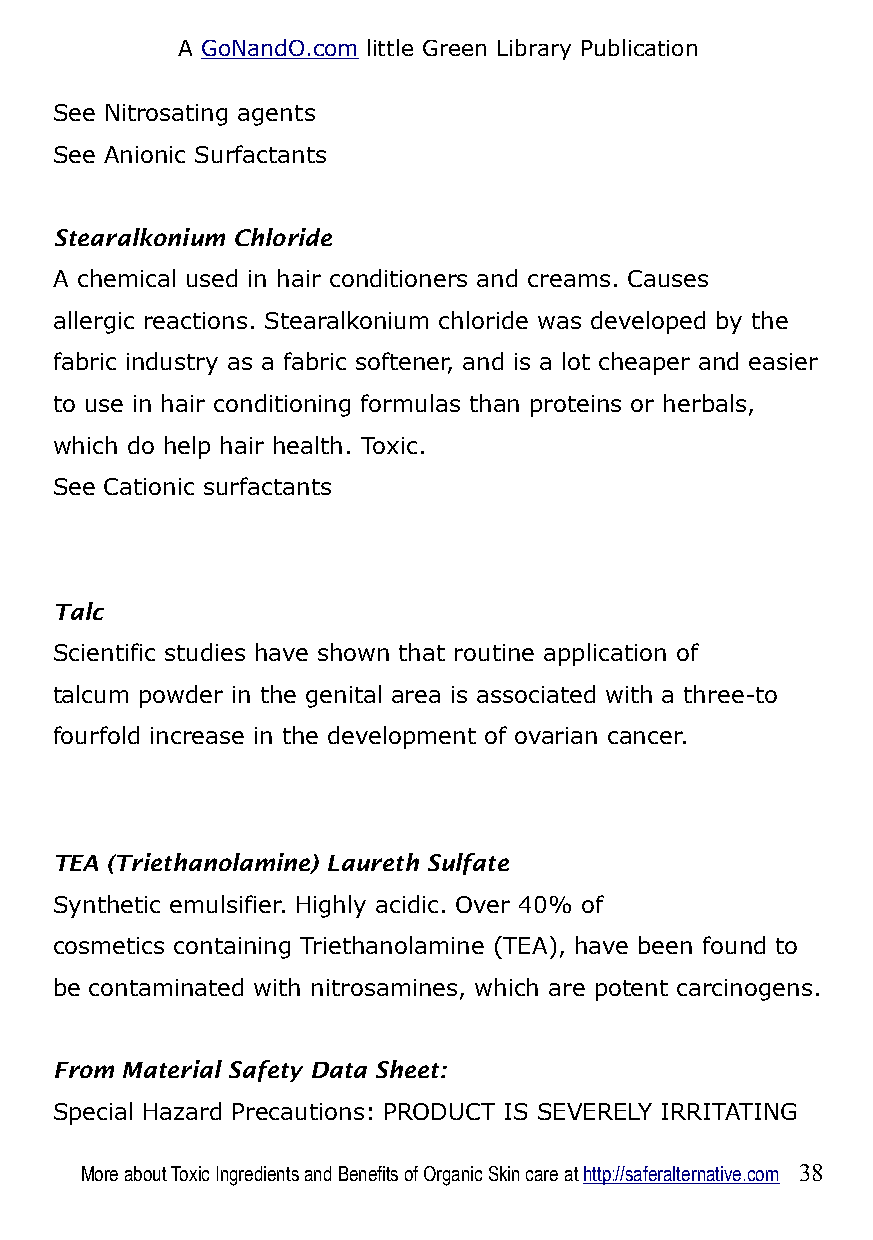
A GoNandO.com little Green Library Publication
 See Nitrosating agents
 See Anionic Surfactants
 Stearalkonium Chloride
 A chemical used in hair conditioners and creams. Causes
 allergic reactions. Stearalkonium chloride was developed by the
 fabric industry as a fabric softener, and is a lot cheaper and easier
 to use in hair conditioning formulas than proteins or herbals,
 which do help hair health. Toxic.
 See Cationic surfactants
 Talc
 Scientific studies have shown that routine application of
 talcum powder in the genital area is associated with a three-to
 fourfold increase in the development of ovarian cancer.
 TEA (Triethanolamine) Laureth Sulfate
 Synthetic emulsifier. Highly acidic. Over 40% of
 cosmetics containing Triethanolamine (TEA), have been found to
 be contaminated with nitrosamines, which are potent carcinogens.
 From Material Safety Data Sheet:
 Special Hazard Precautions: PRODUCT IS SEVERELY IRRITATING
 More about Toxic Ingredients and Benefits of Organic Skin care at http://saferalternative.com 38